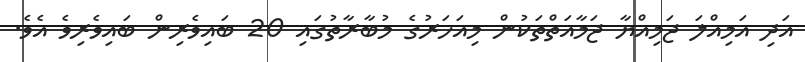
އަދި އަމިއްލަ ޖަމިއްޔާ ޖަމާއަތްތަކުން މިއަހަރުގެ މުބާރާތުގައި 20 ބައިވެރިން ބައިވެރިވެ އެވެ.